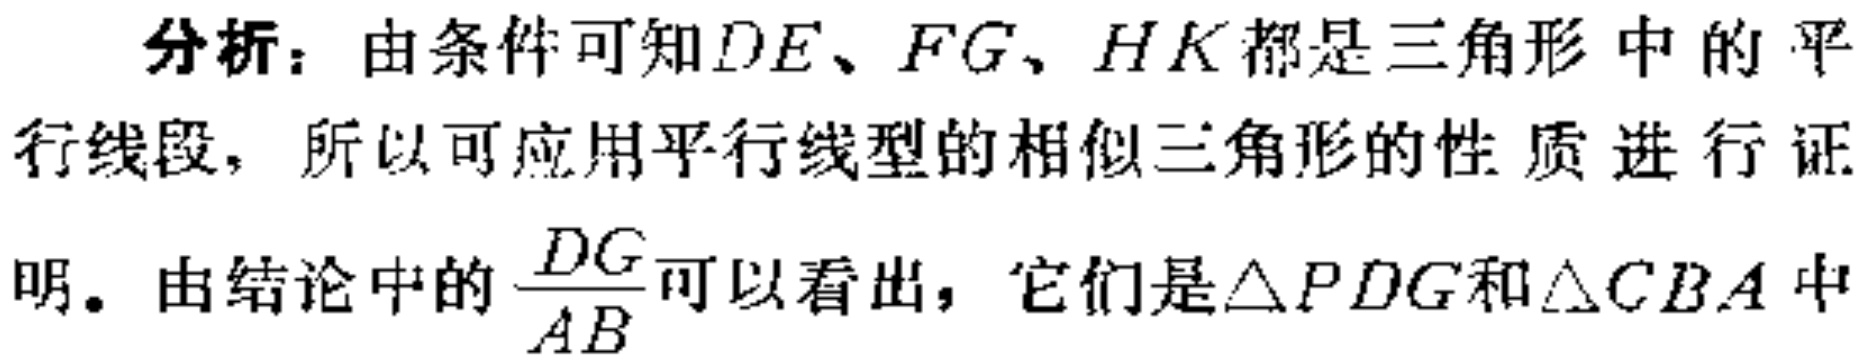
分析：由条件可知\(DE、FG、HK\)都是三角形中的平行线段，所以可应用平行线型的相似三角形的性质进行证明。由结论中的\(\frac{DG}{AB}\)可以看出，它们是\(\triangle PDG\)和\(\triangle CBA\)中